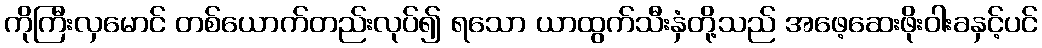
ကိုကြီးလှမောင် တစ်ယောက်တည်းလုပ်၍ ရသော ယာထွက်သီးနှံတို့သည် အဖေ့ဆေးဖိုးဝါးခနှင့်ပင်